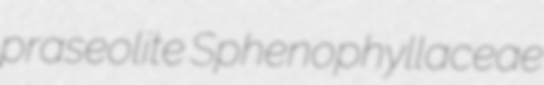
praseolite Sphenophyllaceae